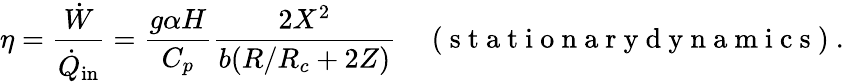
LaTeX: {\eta=\frac{\dot{W}}{\dot{Q}_{\mathrm{in}}}=\frac{g\alpha H}{C_{p}}\frac{2X^{2}}{b(R/R_{c}+2Z)}}\quad\mathrm{~(~s~t~a~t~i~o~n~a~r~y~d~y~n~a~m~i~c~s~)~}.